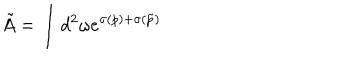
\tilde { A } = \int d ^ { 2 } \omega e ^ { \sigma ( p ) + \sigma ( \tilde { p } ) }